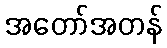
အတော်အတန်